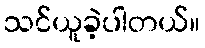
သင်ယူခဲ့ပါတယ်။